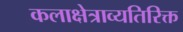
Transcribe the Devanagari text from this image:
कलाक्षेत्राव्यतिरिक्त